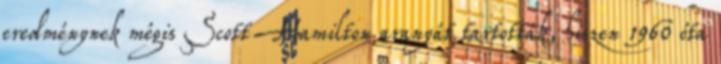
eredménynek mégis Scott Hamilton aranyát tartották, hiszen 1960 óta